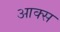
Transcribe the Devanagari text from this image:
आक्स